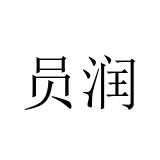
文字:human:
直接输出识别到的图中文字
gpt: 员润